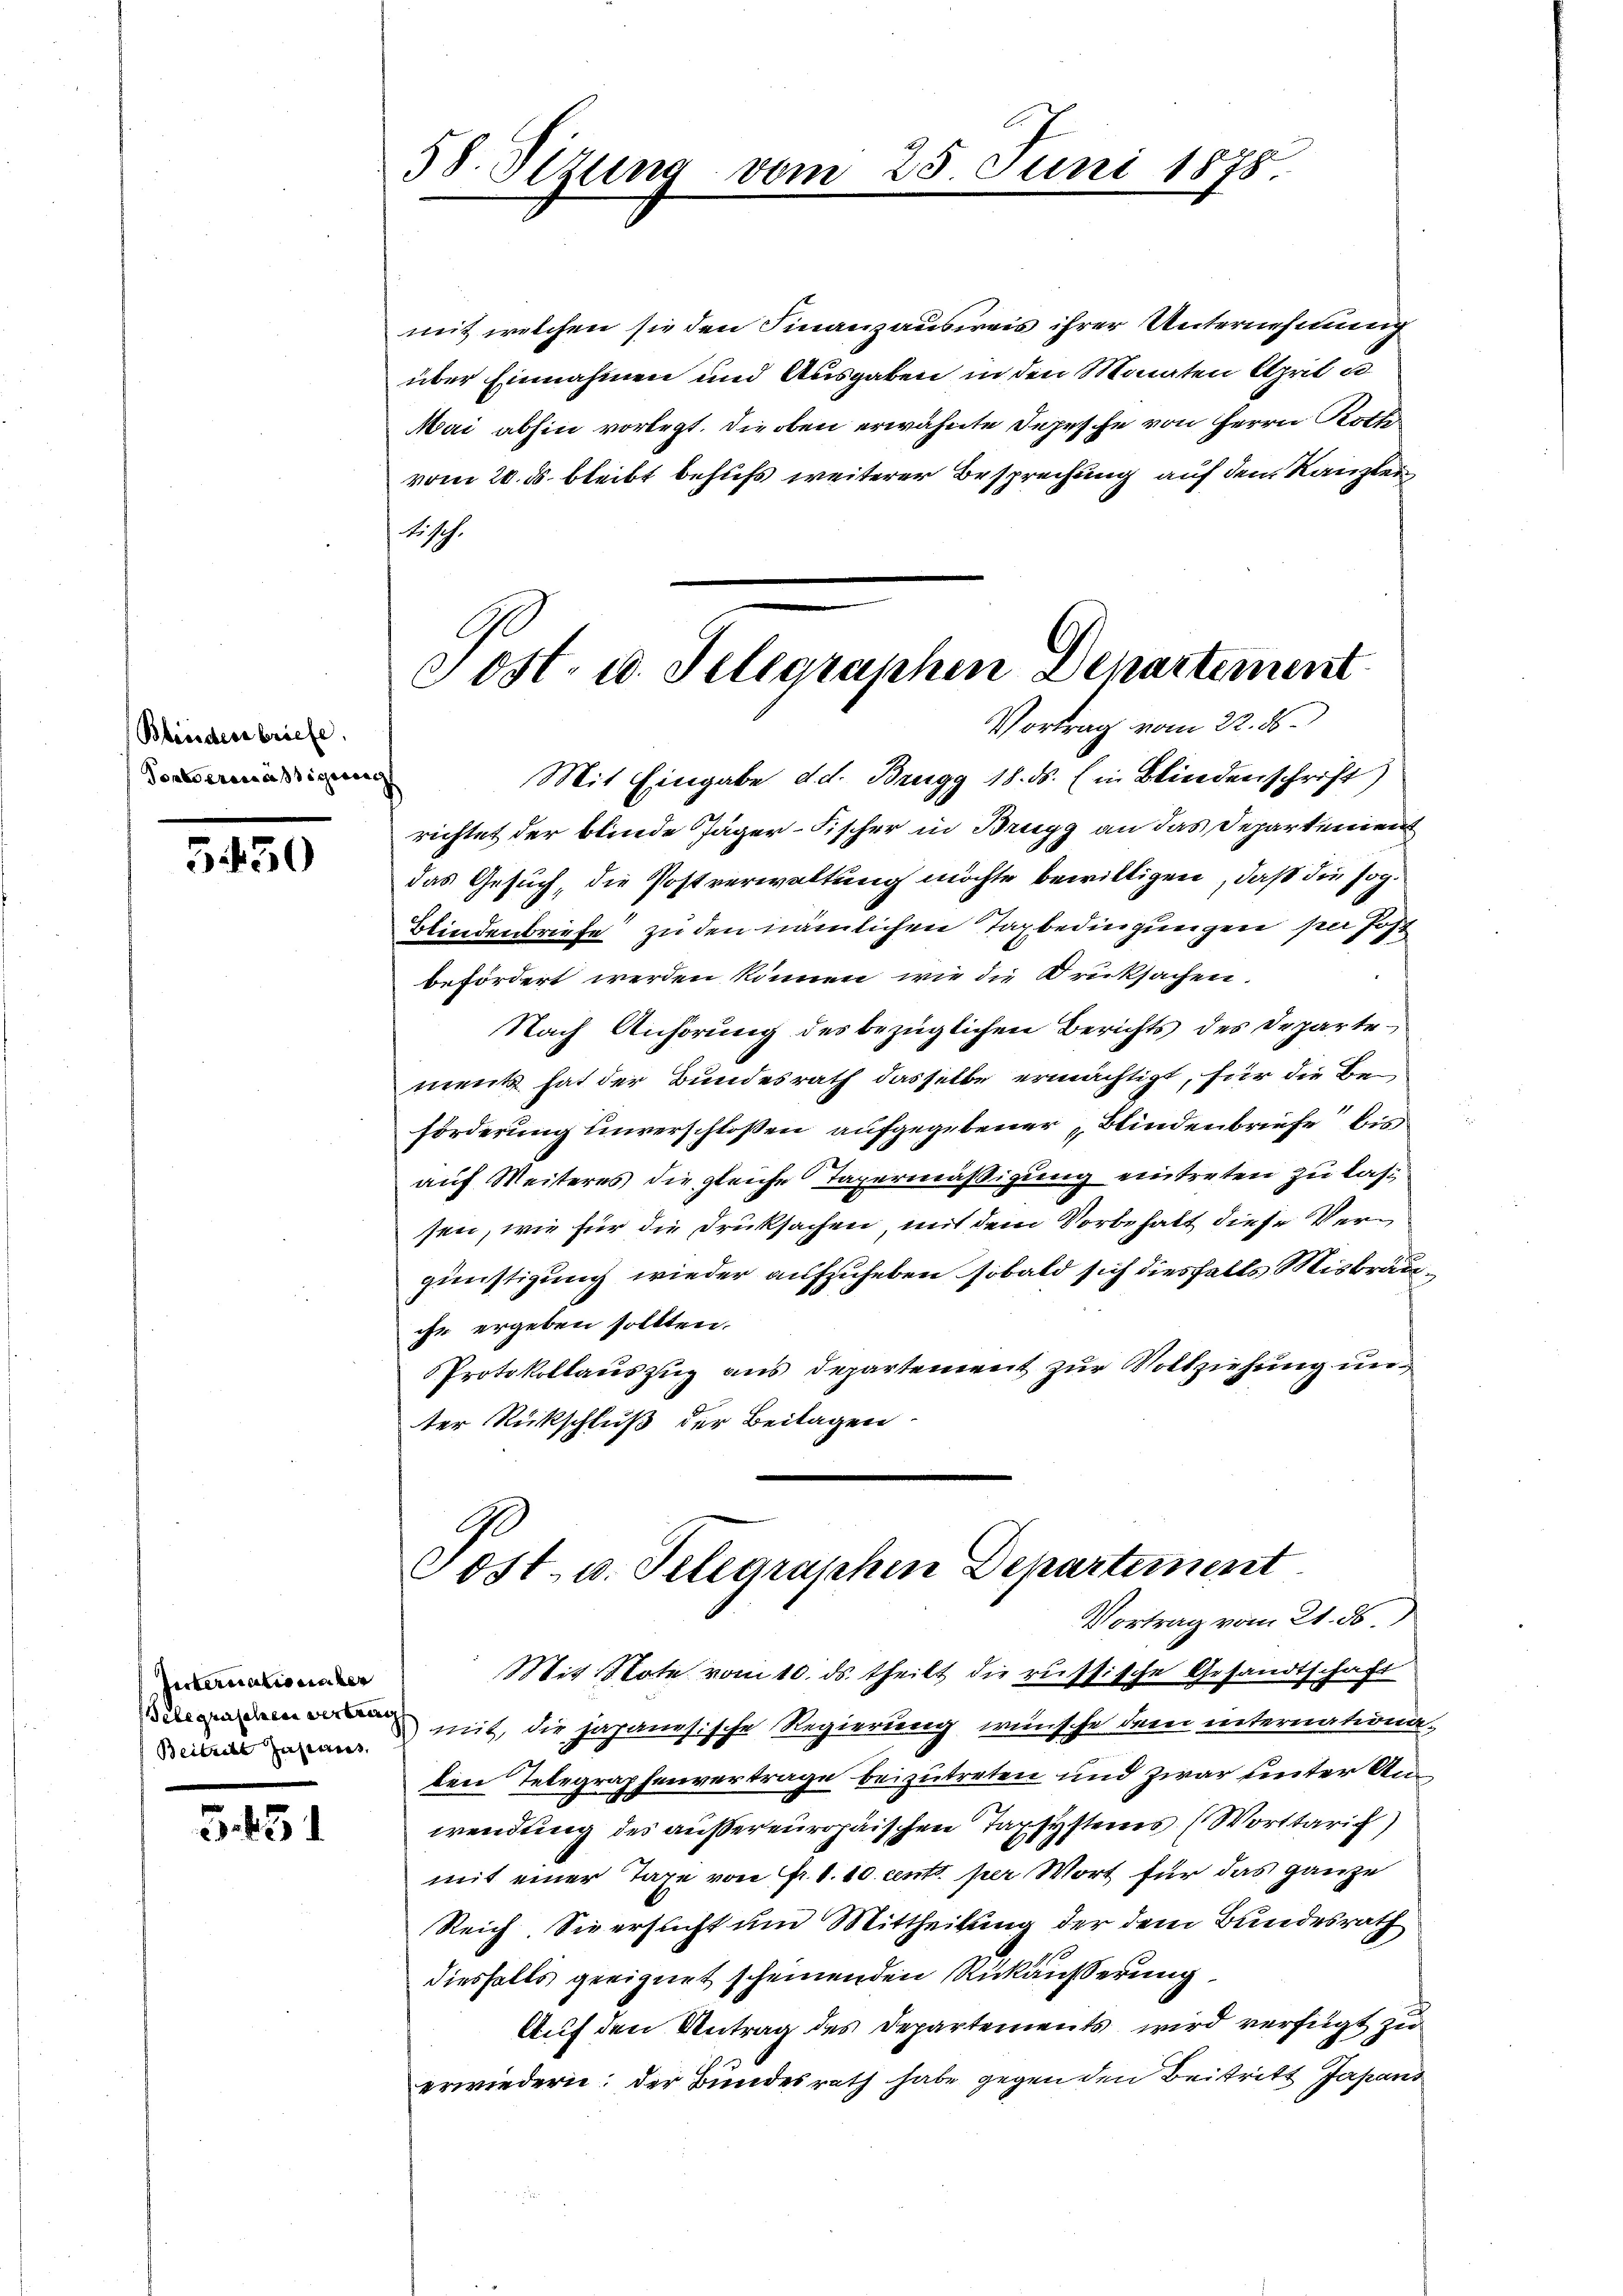
Bleistersbriefe.
Tonsvermassigung

3450

Internationsber
Telegraschen vertrag
Beitrete Japanes,

5.151

58. Stzung vom 25. Juni 1878

mit welchen sie den Finanzausweis ihrer Unternehmung
über Einnahmen und Ausgaben in den Monaten April es
Mai abhin vorlegt. Die oben erwähnte Depesche von Herrn Rothe
vom 20. ds. bleibt behufs weiterer Besprechung auf dem Kanzlei
Nesch.
richtet der blinde Jäger-Fischer in Brugg an das Departement
das Gesuch, die Postverwaltung möchte bewilligen, daß die sog.
Blindenbriefe zu den nämlichen Tagbedingungen sie Johbefördert werden können, wie die Drucksachen.
Nach Anhörung des bezüglichen Berichts des Departe
ment hat der Bundesrath dasselbe ermächtigt, für die Beförderung unverschlossen aufgegebener Blindenbriefe bisauf Weiteres die gleiche Taxermäßigung eintreten zu las
sen, wie für die Druksachen, mit dem Vorbehalt diese Vergünstigung wieder aufzuheben sobald sich diesfalls Misbräuche ergeben sollten.
Protokollaŭszŭg ans Departement zur Vollziehung unter Rückschluß der Beilagen

Sost- u. Telegraphen Departement
Vortrag vom 22. 86.
Mit Eingabe d. d. Brugg 18. ds. (in Blindenschrift)

Post- u. Telegraphen Departement
Vortrag vom 21. ds.

Mit Note vom 10. ds. theilt die russische Gesandtschaft
mit, die japanesische Regierung wünsche dem internationaden Telegraphenvertrage beizutreten und zwar unter Anwendung des außereuropäischen Tapsystems (Worttarich)
mit einer Taxe von Fr. 1. 10 cento per Wort für das ganze
Reich Sie ersucht um Mittheilung der dem Bundesrath
diesfalls geeignet scheinenden Rückäusserung
Auf den Antrag des Departements wird verfügt zu
erwiedern: der Bundesrath habe gegen den Beitritt Japans